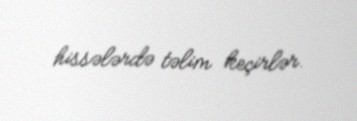
hissələrdə təlim keçirlər.